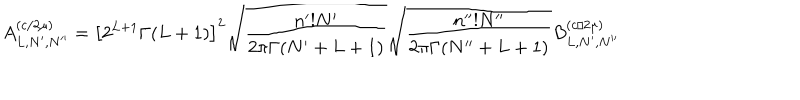
A _ { L , N ^ { \prime } , N ^ { \prime \prime } } ^ { ( c / 2 \mu ) } = \left[ 2 ^ { L + 1 } \Gamma ( L + 1 ) \right] ^ { 2 } \sqrt { \frac { n ^ { \prime } ! N ^ { \prime } } { 2 \pi \Gamma ( N ^ { \prime } + L + 1 ) } } \sqrt { \frac { n ^ { \prime \prime } ! N ^ { \prime \prime } } { 2 \pi \Gamma ( N ^ { \prime \prime } + L + 1 ) } } B _ { L , N ^ { \prime } , N ^ { \prime \prime } } ^ { ( c / 2 \mu ) }